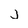
Character: J